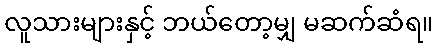
လူသားများနှင့် ဘယ်တော့မျှ မဆက်ဆံရ။